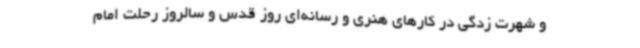
و شهرت زدگی در کارهای هنری و رسانه‌ای روز قدس و سالروز رحلت امام